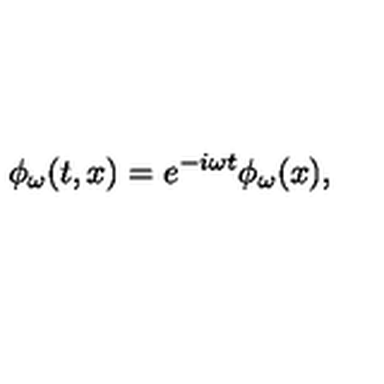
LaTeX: \phi _ { \omega } ( t , x ) = e ^ { - i \omega t } \phi _ { \omega } ( x ) ,